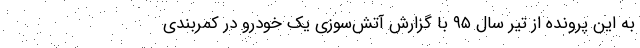
به این پرونده از تیر سال ۹۵ با گزارش آتش‌سوزی یک خودرو در کمربندی